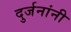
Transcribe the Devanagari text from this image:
दुर्जनांनी